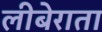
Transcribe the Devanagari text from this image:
लीबेराता